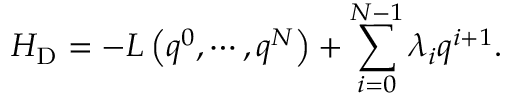
H _ { \mathrm { D } } = - L \left( q ^ { 0 } , \cdots , q ^ { N } \right) + \sum _ { i = 0 } ^ { N - 1 } \lambda _ { i } q ^ { i + 1 } .